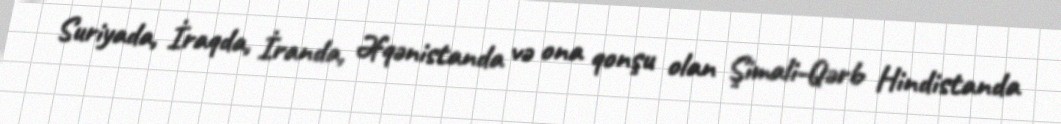
Suriyada, İraqda, İranda, Əfqənistanda və ona qonşu olan Şimali-Qərb Hindistanda